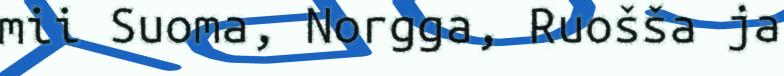
mii Suoma, Norgga, Ruošša ja